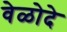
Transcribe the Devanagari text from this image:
वेळोदे